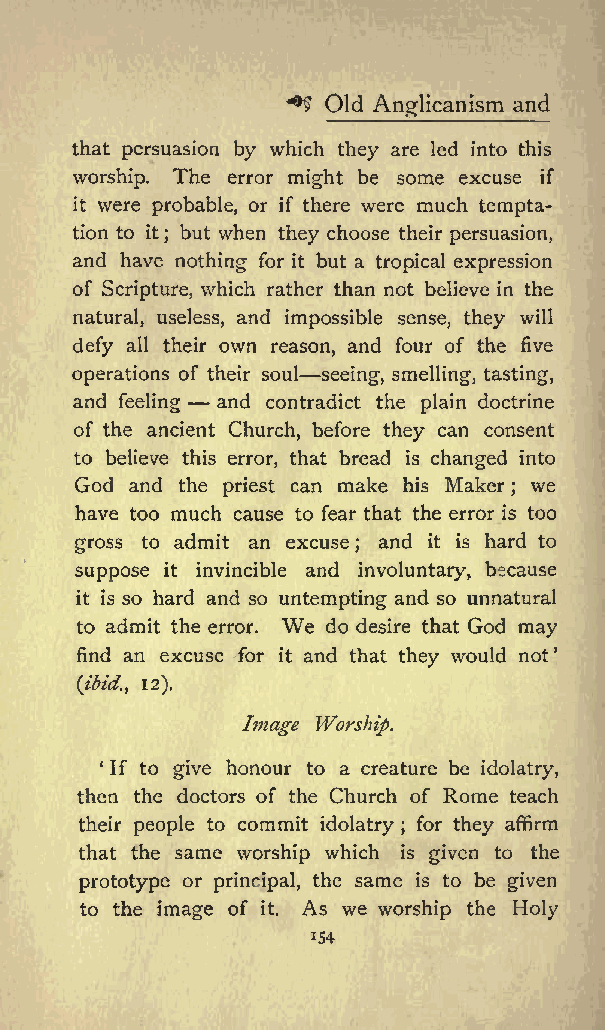
Old Anglicanism and
 ^&amp;gt;
 that persuasion by which they are led into this
 worship. The error might be some excuse if
 it were probable, or if there were much tempta
 tion to it ; but when they choose their persuasion,
 and have nothing for it but a tropical expression
 of Scripture, which rather than not believe in the
 natural, useless, and impossible sense, they will
 defy all their own reason, and four of the five
 operations of their soul seeing, smelling, tasting,
 and feeling and contradict the plain doctrine
 of the ancient Church, before they can consent
 to believe this error, that bread is changed into
 God and the priest can make his Maker ; we
 have too much cause to fear that the error is too
 gross to admit an excuse and it is hard to
 ;
 suppose it invincible and involuntary, because
 it is so hard and so untempting and so unnatural
 to admit the error. We do desire that God may
 find an excuse for it and that they would not
 (ibid., 12).
 Image Worship.
 If to give honour to a creature be idolatry,
 then the doctors of the Church of Rome teach
 their people to commit idolatry ; for they affirm
 that the same worship which is given to the
 prototype or principal, the same is to be given
 to the image of it. As we worship the Holy
 154